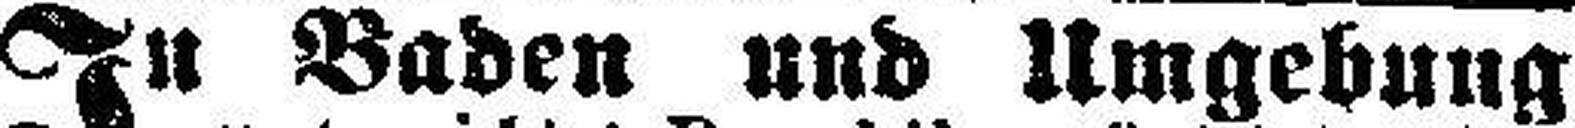
In Baden und Umgebung